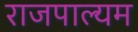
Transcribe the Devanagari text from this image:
राजपाल्यम